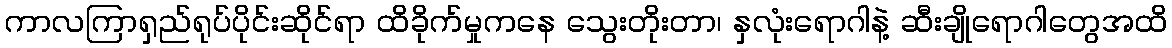
ကာလကြာရှည်ရုပ်ပိုင်းဆိုင်ရာ ထိခိုက်မှုကနေ သွေးတိုးတာ၊ နှလုံးရောဂါနဲ့ ဆီးချိုရောဂါတွေအထိ